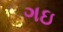
ગઇ